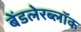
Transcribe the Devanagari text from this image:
बेंडलेरब्लॉक